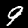
Label: 9